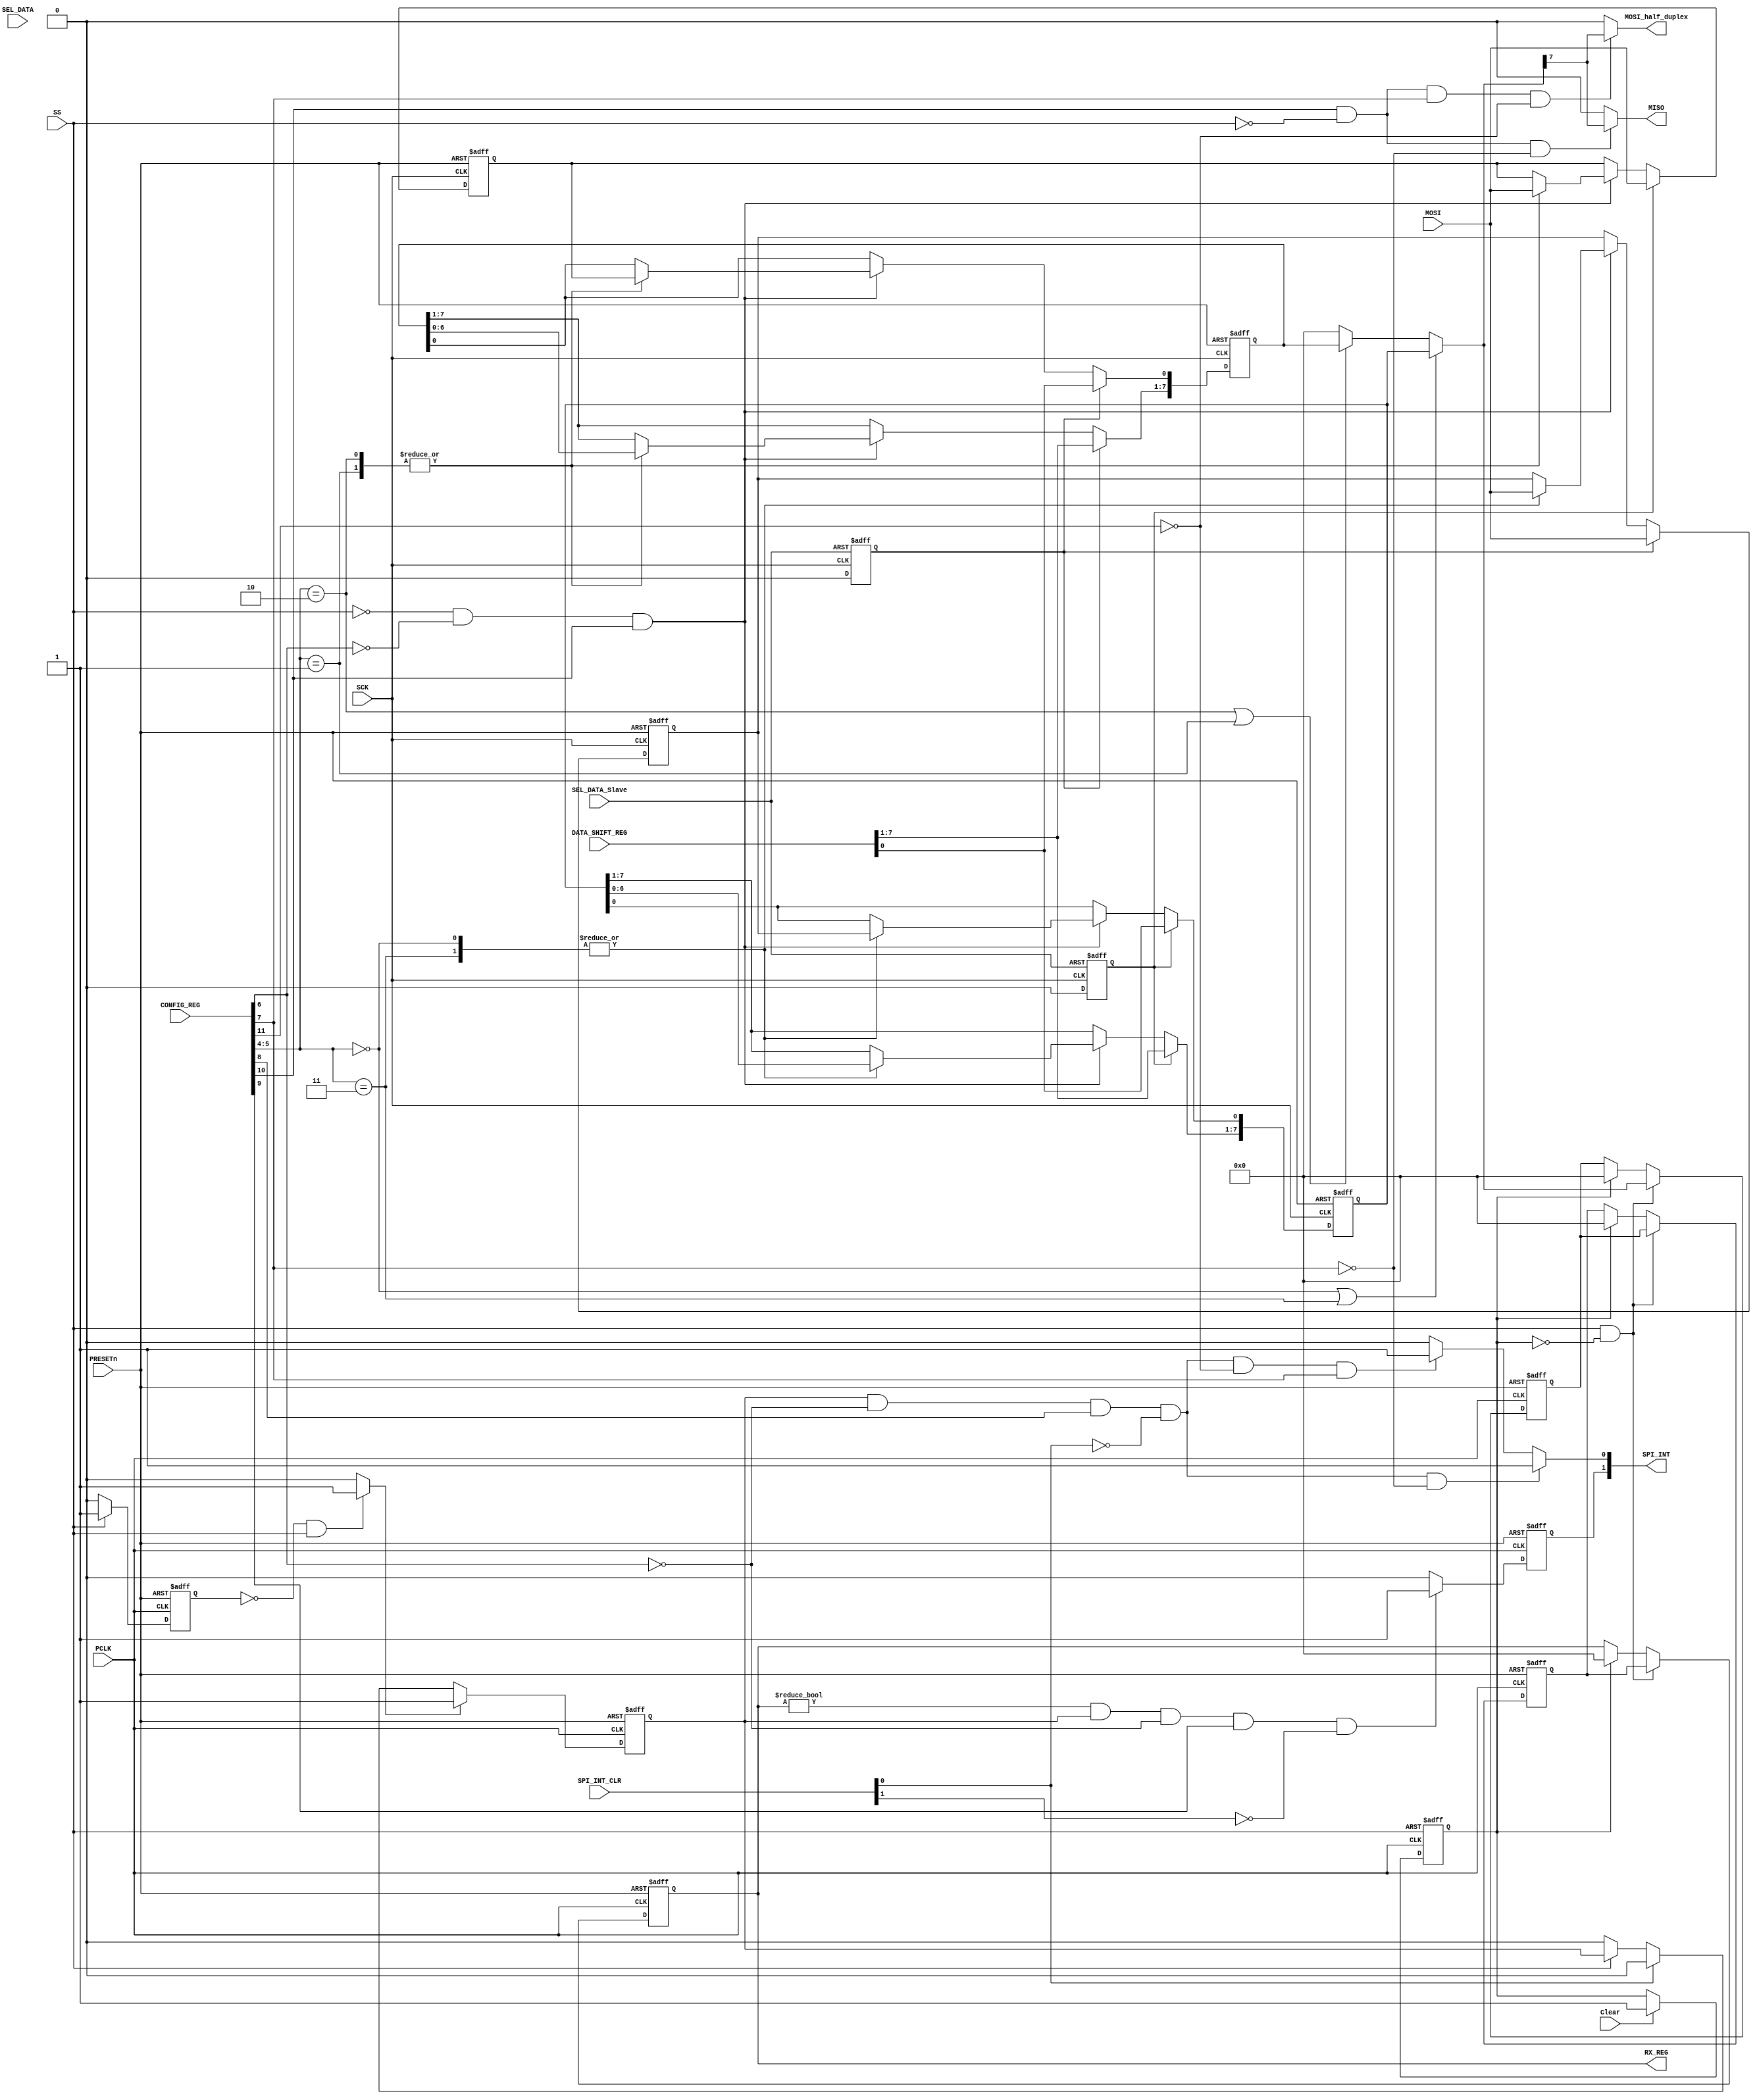
//////////////////////////////////////////////////////////////////////////////////
								/*SPI_Slave*/
//////////////////////////////////////////////////////////////////////////////////
/*
CONFIG_REG[7] when it low >>>>>>>>>>> FULL_DUPLEX_SPI
CONFIG_REG[7] when it high >>>>>>>>>> HALF_DUPLEX_SPI
*/
//////////////////////////////////////////////////////////////////////////////////

module SPI_Slave
(
	input 				PRESETn,
	input				PCLK,
	input				MOSI,
	input 				SCK,    // input from other chip
	input 				SS,     // input from other chip 
	input 				SEL_DATA_Slave,
	input				Clear,
	input               SEL_DATA,
	input       [15:0]  CONFIG_REG,
	input       [7:0]   DATA_SHIFT_REG,
	input 		[1:0]   SPI_INT_CLR,
	output reg	[1:0]   SPI_INT, 
	output reg  [7:0]   RX_REG ,
	output wire			MOSI_half_duplex, 
	/*
	in case of half duplex there is only one common wire for the tx and rx data.
	in the spi_top.v will be more clear thet the input and output use the same wire.
	*/ 
	output wire         MISO //it is considered not connected in case of half duplex
);

wire   SPI_EN ;
assign SPI_EN = CONFIG_REG[10] ;

reg 		SHIFT_IN  ;
reg [7:0] 	SHIFT_REG ;

reg 		SHIFT_IN_PEDGE  ;
reg [7:0] 	SHIFT_REG_PEDGE ;

reg 		SHIFT_IN_NEDGE  ;
reg [7:0] 	SHIFT_REG_NEDGE ;

wire [1:0] 	MODE ;

//the used flag to control the Receiving Data Register
reg clear_flag ;

//Flag and pulses for indication that there is transmission session ans alarming for asserting the tx_interrupt
reg tx_alarm ;
reg int_flag ;
reg pul ;
wire TXINT_PULSE; 

// douple sync registers for RX register (receiving data)
reg [7:0] sync0, sync1 ;

// flags needed for updating the register with the data to be transmitted
reg Flag_PEDGE,  Flag_NEDGE;

////////////////////////////////////////* RX Interrupt *///////////////////////////////////////////

always @ (posedge PCLK or negedge PRESETn)
begin
	if (!PRESETn)
		SPI_INT[1] = 'b0 ;
	else if(RX_REG != 0 && int_flag && CONFIG_REG[6] == 0 && CONFIG_REG[9] == 1 && SPI_INT_CLR[1] == 0)
		SPI_INT[1] = 1'b1 ;
	else if(SPI_INT_CLR[1]==1 && CONFIG_REG[6] == 0 && CONFIG_REG[9] == 1)
		SPI_INT[1] = 'b0 ;
	else
		SPI_INT[1] = 'b0 ;
end

// generatting flag based on the rx_interrupt to avoid re-update the RX_REG after clearing the rx_interrupt

always @ (posedge PCLK or negedge SS)
begin
  	if (!SS)
		clear_flag <= 1'b0 ; // the RX_INT has been cleared
	else if (Clear)
		clear_flag <= 1'b1 ;
end

////////////////////////////////////* TX Interrupt *//////////////////////////////////////////////

always @(posedge PCLK or negedge PRESETn)
begin
    if(!PRESETn)
        begin
        pul <= 1'b0;
        end
    else if (SS==1)
        begin
        pul <= 1'b1;
        end
    else
        begin
        pul <= 1'b0;
        end
end

assign TXINT_PULSE = (~pul & SS) ? 'b1 : 'b0; 

always @ (posedge PCLK or negedge PRESETn)
begin
	if (!PRESETn)
		int_flag <= 1'b0 ;
	else if(TXINT_PULSE)
		int_flag <= 1 ;
	else if (SPI_INT_CLR[0])
		int_flag <= 0 ;
	else if (!SS)
		int_flag <= 0 ;
end

always@(*)
begin
	if(int_flag && CONFIG_REG[6] == 0 && CONFIG_REG[8] == 1 && SPI_INT_CLR[0] == 0 && CONFIG_REG[7] == 0 ) 
	SPI_INT[0] = 'b1 ;
	else if(int_flag && CONFIG_REG[6] == 0 && CONFIG_REG[8] == 1 && SPI_INT_CLR[0] == 0 && CONFIG_REG[11] == 0 && CONFIG_REG[7] == 1) 
	SPI_INT[0] = 'b1 ;
	else if(SPI_INT_CLR[0] == 1 && CONFIG_REG[6] == 0 && CONFIG_REG[8] == 1)
	SPI_INT[0] = 'b0 ;
	else
	SPI_INT[0] = 'b0 ;
end

// Flag for indication that there is transmission session ans alarming for asserting the tx_interrupt
always @ (posedge PCLK or negedge PRESETn)
begin
	if (!PRESETn)
		tx_alarm <= 1'b0 ;
  	else if (SEL_DATA)
  		tx_alarm <= 1'b1 ;
  	else if (SPI_INT_CLR[0]) // no need for this alarm after clearing the tx_interrupt to could use it again when ther is another session
  		tx_alarm <= 1'b0 ;
end

 /////////////////////////////////////////////* SPI OUTPUT */////////////////////////////////////////////////////////

assign MISO = (SPI_EN && !SS && (CONFIG_REG[7] == 0)) ? SHIFT_REG[7] :1'b0 ; //Full Duplex           
assign MOSI_half_duplex = (SPI_EN && !SS && (CONFIG_REG[7] == 1) && (CONFIG_REG[11] == 0)) ? SHIFT_REG[7] :1'b0 ; // half duplex

////////////////////////////////////////////////Clock Mode///////////////////////////////////////////////////////////////

assign MODE   = CONFIG_REG[5:4] ; //Clock phase and ploarity 

/*
	CONFIG_REG[4] ---> CPHA
	CONFIG_REG[5] ---> CPOL
*/

////////////////////////////////////////* Receive Register Douple Synchronizer */////////////////////////////////////////

always@(posedge PCLK or negedge PRESETn)
begin
	if(!PRESETn)
	begin
	  sync0  <= 'b0 ;
	  sync1  <= 'b0 ;
	  RX_REG <= 'b0 ;
	end
	else if (SS && ! clear_flag) // update the Receiver Register with the Received Data after triggering the slave slector from low to high
	begin
	  sync0  <= SHIFT_REG ;
	  sync1  <= sync0     ;
	  RX_REG <= sync1     ;
	end 
	else if (clear_flag)// for avoid updating with the transmited data while the slave is active and transmit or during the receiving process
	begin 
	  sync0  <= 'b0 ;
	  sync1  <= 'b0 ;
	  RX_REG <= 'b0 ;	  
	end 
end

//////////////////////////////////////////////////////////////////////////////////////////////////////////////////////

always @(*) 
begin
	if(MODE==2'b00 || MODE==2'b11)
	SHIFT_REG = SHIFT_REG_NEDGE ;
	else if(MODE==2'b10 || MODE==2'b01)
	SHIFT_REG = SHIFT_REG_PEDGE ;
	else
	SHIFT_REG = 'b0 ;
end

always @(*) 
begin
	if(MODE==2'b00 || MODE==2'b11)
	SHIFT_IN = SHIFT_IN_PEDGE ;
	else if(MODE==2'b10 || MODE==2'b01)
	SHIFT_IN = SHIFT_IN_NEDGE ;
	else
	SHIFT_IN = 'b0 ;
end

/////////////////////////////////////////////////////////////////////////////////////////////////////////////////////

// for updating the register with the data to be transmitted

always @ (posedge SCK or posedge SEL_DATA_Slave)
begin
  if(SEL_DATA_Slave)
  Flag_PEDGE <= 'b1 ;
  else 
  Flag_PEDGE <= 'b0 ;
end

always @ (negedge SCK or posedge SEL_DATA_Slave)
begin
  if(SEL_DATA_Slave)
  Flag_NEDGE <= 'b1 ;
  else 
  Flag_NEDGE <= 'b0 ;
end

//////////////////////////////////////////////////////////////////////////////////////////////////////////////////////

always @(posedge SCK or negedge PRESETn)
begin
	if(!PRESETn)
	begin
		SHIFT_IN_PEDGE  <= 'b0 ;
		SHIFT_REG_PEDGE <= 'b0 ;
	end
	else if (Flag_PEDGE)
	begin
	SHIFT_REG_PEDGE <= DATA_SHIFT_REG ;
	SHIFT_IN_PEDGE  <= MOSI ;
	end
	else if(SS==0 && !CONFIG_REG[6] && SPI_EN )
	begin
	case(MODE)
	2'b00 :
	begin
		SHIFT_IN_PEDGE <= MOSI ;
	end
	2'b01 :
	begin
		SHIFT_REG_PEDGE    <= SHIFT_REG_PEDGE << 1 ;
	    SHIFT_REG_PEDGE[0] <= SHIFT_IN_NEDGE;
	end
	2'b10 :
	begin
		SHIFT_REG_PEDGE    <= SHIFT_REG_PEDGE << 1 ;
	    SHIFT_REG_PEDGE[0] <= SHIFT_IN_NEDGE ;
	end
	2'b11 :
	begin
		SHIFT_IN_PEDGE <= MOSI ;
	end
	endcase
	end
end


always @ (negedge SCK or negedge PRESETn)
begin
	if(!PRESETn)
	begin
		SHIFT_IN_NEDGE  <= 'b0 ;
		SHIFT_REG_NEDGE <= 'b0 ;
	end
	else if (Flag_NEDGE)
	begin
	SHIFT_REG_NEDGE <= DATA_SHIFT_REG;
	SHIFT_IN_NEDGE  <= MOSI ;
	end
	else if(SS==0 && !CONFIG_REG[6] && SPI_EN)
	begin
	case(MODE)
	2'b00 :
	begin
		SHIFT_REG_NEDGE    <= SHIFT_REG_NEDGE << 1 ;
	   	SHIFT_REG_NEDGE[0] <= SHIFT_IN_PEDGE ;
	end
	2'b01 :
	begin
		SHIFT_IN_NEDGE <= MOSI ;
	end
	2'b10 :
	begin
		SHIFT_IN_NEDGE <= MOSI ;
	end
	2'b11 :
	begin
		SHIFT_REG_NEDGE    <= SHIFT_REG_NEDGE << 1 ;
	   	SHIFT_REG_NEDGE[0] <= SHIFT_IN_PEDGE ;
	end
	endcase
	end	
end

endmodule